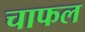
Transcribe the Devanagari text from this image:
चाफल